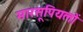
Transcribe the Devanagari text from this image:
मारसूपियलों